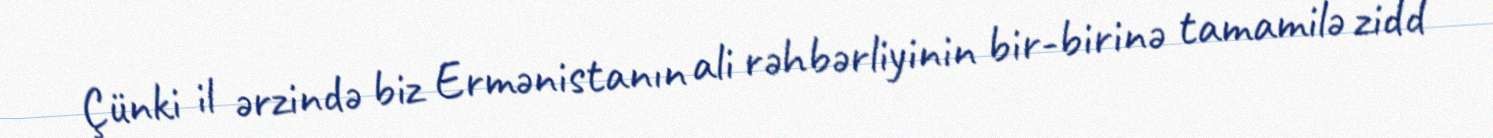
Çünki il ərzində biz Ermənistanın ali rəhbərliyinin bir-birinə tamamilə zidd